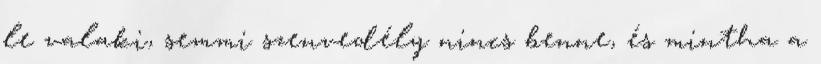
le valaki, semmi szenvedély nincs benne, és mintha a